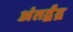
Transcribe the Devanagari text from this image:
अंतर्द्वंद्र